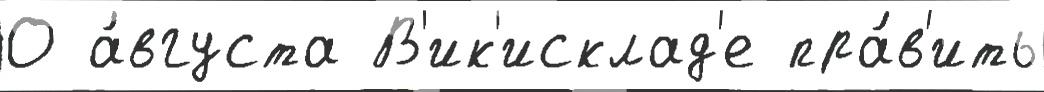
О а́вгуста В'ик'исклад'е пра́в'ить